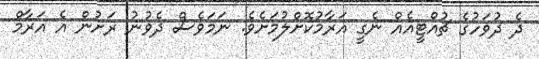
ދެ ދުވަހުގެ ޗުއްޓީއެއް ނެގީ އަރާމުކޮށްލުމަށެވެ. ނަމަވެސް ދެވުނު ރަށުން އެ އަރާމް